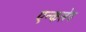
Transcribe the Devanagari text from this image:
एन्कलेव